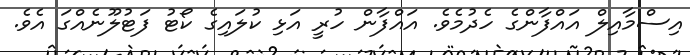
އިސްމާއިލް އައްފާންގެ ހެދުމެވެ. އައްފާން ހުރީ އަޅި ކުލައިގެ ކޯޓު ފަޓުލޫނެއްގަ އެވެ.